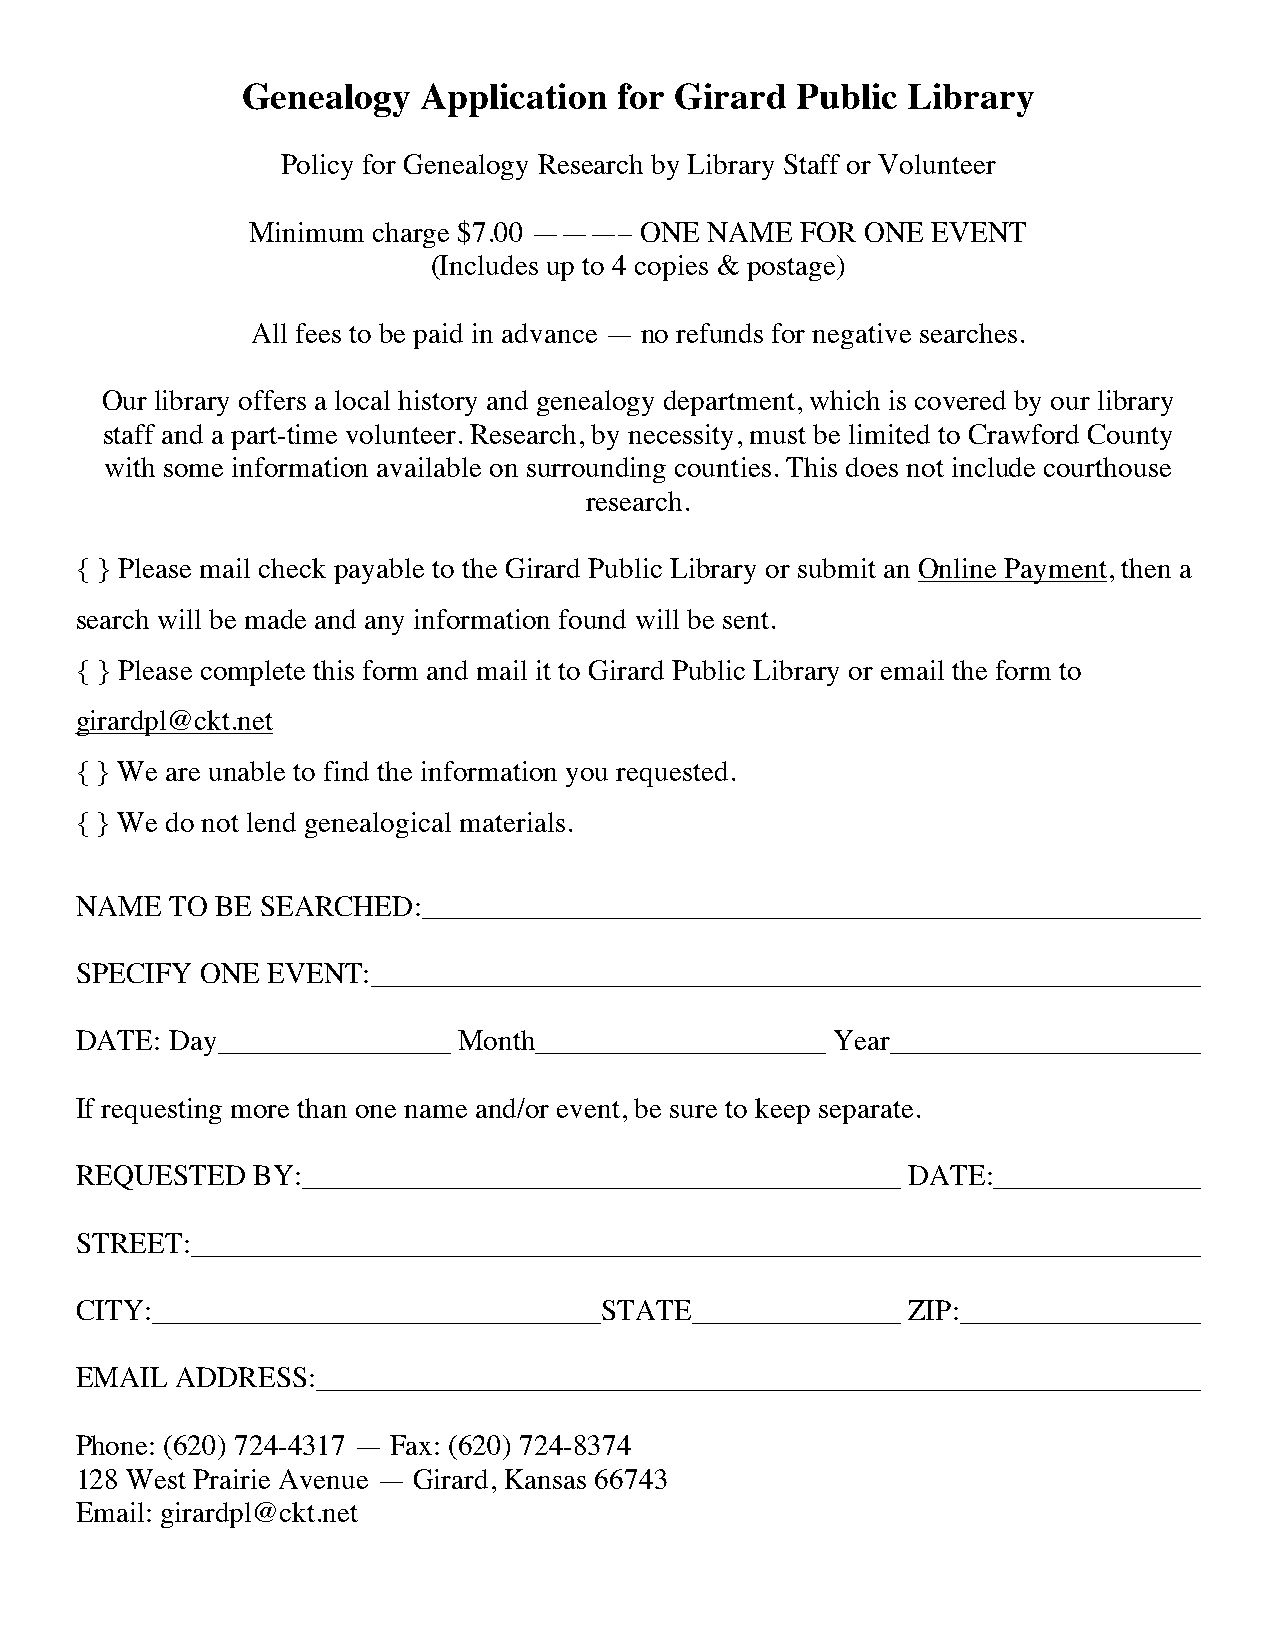
Genealogy   Application  for Girard  Public Library
 Policy for Genealogy Research by Library Staff or Volunteer
 Minimum  charge $7.00 ———– ONE NAME  FOR ONE  EVENT
 (Includes up to 4 copies & postage)
 All fees to be paid in advance — no refunds for negative searches.
 Our library offers a local history and genealogy department, which is covered by our library
 staff and a part-time volunteer. Research, by necessity, must be limited to Crawford County
 with some information available on surrounding counties. This does not include courthouse
 research.
 { } Please mail check payable to the Girard Public Library or submit an Online Payment, then a
 search will be made and any information found will be sent.
 { } Please complete this form and mail it to Girard Public Library or email the form to
 girardpl@ckt.net
 { } We are unable to find the information you requested.
 { } We do not lend genealogical materials.
 NAME  TO BE SEARCHED:
 SPECIFY ONE  EVENT:
 DATE: Day                Month                    Year
 If requesting more than one name and/or event, be sure to keep separate.
 REQUESTED   BY:                                        DATE:
 STREET:
 CITY:                              STATE               ZIP:
 EMAIL  ADDRESS:
 Phone: (620) 724-4317 — Fax: (620) 724-8374
 128 West Prairie Avenue — Girard, Kansas 66743
 Email: girardpl@ckt.net